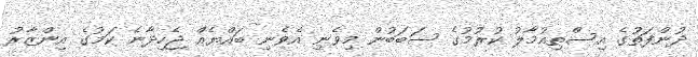
ދުންފަތުގެ އިސްތިއުމާލު ކުރުމުގެ ސަބަބުން މިވެނި އެވެނި ބައްޔެއް ޖެހިދާނެ ކަމުގެ އިންޒާރު